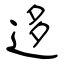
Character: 迻